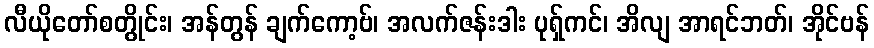
လီယိုတော်စတွိုင်း၊ အန်တွန် ချက်ကော့ဗ်၊ အလက်ဇန်းဒါး ပုရှ်ကင်၊ အိလျ အာရင်ဘတ်၊ အိုင်ဗန်